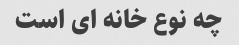
چه نوع خانه ای است